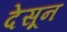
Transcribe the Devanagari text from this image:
देसून